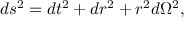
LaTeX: d s ^ { 2 } = d t ^ { 2 } + d r ^ { 2 } + r ^ { 2 } d \Omega ^ { 2 } ,